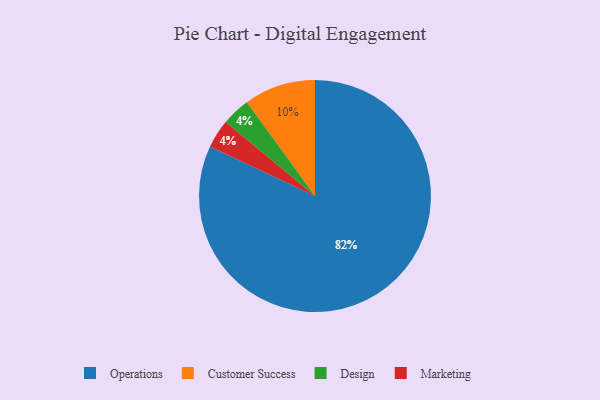
{"axis": {"x": "Category", "y": "Percentage"}, "legend": ["Customer Success", "Design", "Marketing", "Operations"], "data": [{"x": "Customer Success", "y": 10, "type": "Customer Success"}, {"x": "Design", "y": 4, "type": "Design"}, {"x": "Operations", "y": 82, "type": "Operations"}, {"x": "Marketing", "y": 4, "type": "Marketing"}]}